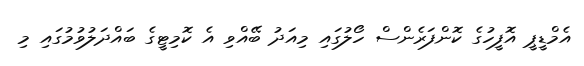
އެމްޑީޕީ އޮފީހުގެ ކޮންފަރެންސް ހޯލުގައި މިއަދު ބޭއްވި އެ ކޮމިޓީގެ ބައްދަލުވުމުގައި މި